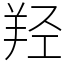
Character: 羟